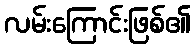
လမ်းကြောင်းဖြစ်၏